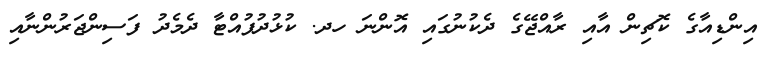
އިންޑިއާގެ ކޮޗިން އާއި ރާއްޖޭގެ ދެކުނުގައި އޮންނަ ހދ. ކުޅުދުފުއްޓާ ދެމެދު ފަސިންޖަރުންނާއި